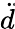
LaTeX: \ddot{d}